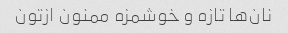
نان‌ها تازه و خوشمزه ممنون ازتون